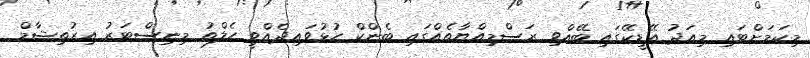
މިކަމަށްޓައި މިއަދު އޭޑީކޭގައި ބޭއްވި ރަސްމިއްޔާތެއްގައި ބެންކް ހުޅުވައިދެއްވީ ހެލްތު މިނިސްޓަރު އިރުތިޝާމް